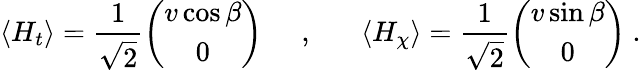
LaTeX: \langle H_{t}\rangle=\frac{1}{\sqrt{2}}\left(\begin{array}{c}{{v\cos\beta}}\\ {{0}}\end{array}\right)\; \; \; \; \; ,\; \; \; \; \; \; \langle H_{\chi}\rangle=\frac{1}{\sqrt{2}}\left(\begin{array}{c}{{v\sin\beta}}\\ {{0}}\end{array}\right)~.